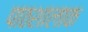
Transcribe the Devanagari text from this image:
पाठशालाक